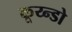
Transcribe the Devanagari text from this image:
कूय्न्डो